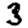
Digit: 3